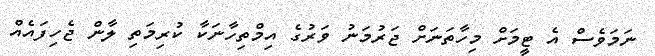
ނަމަވެސް އެ ޓީމަށް މިހާތަނަށް ޖަރުމަނު ވަރުގެ އިމްތިހާނަކާ ކުރިމަތި ލާން ޖެހިފައެއް